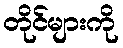
တိုင်များကို